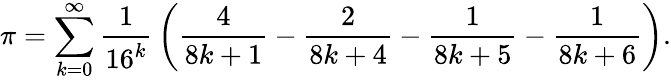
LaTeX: \pi=\sum_{k=0}^{\infty}{\frac{1}{16^{k}}}\left({\frac{4}{8k+1}}-{\frac{2}{8k+4}}-{\frac{1}{8k+5}}-{\frac{1}{8k+6}}\right).